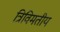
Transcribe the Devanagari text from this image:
त्रिविमतीय